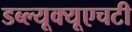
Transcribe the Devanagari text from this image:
डब्ल्यूक्यूएचटी